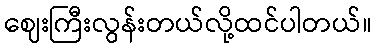
ဈေးကြီးလွန်းတယ်လို့ထင်ပါတယ်။